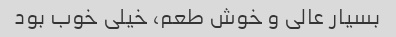
بسیار عالی و خوش طعم، خیلی خوب بود